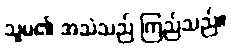
သူမ၏ အသံသည် ကြည်သည်။